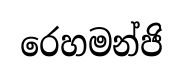
රෙහමන්ජි